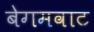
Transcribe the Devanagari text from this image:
बेगमवाट